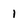
Character: 1